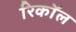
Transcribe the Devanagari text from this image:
रिकाॅल